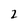
Character: 2